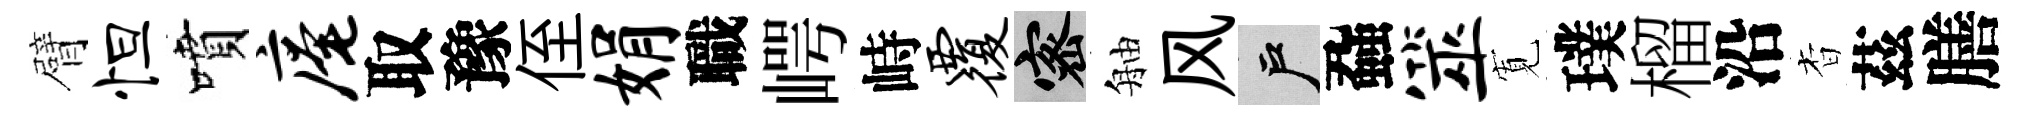
臂怛噴庵取豫侄娟職崿峙覆密舳风户蝨筮𡩖璞榴沿杳茲膳